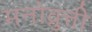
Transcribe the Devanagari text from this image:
मनोव्रुत्ती